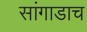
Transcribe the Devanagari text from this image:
सांगाडाच